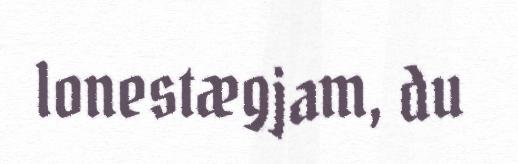
lonestægjam, du